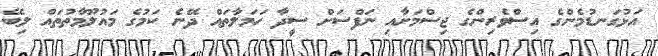
އަޅުގަނޑުމެންގެ އިސްވެރިންގެ ޖިސްމަށާއި ނަފްސަށް ސީދާ ހަމަލާތައް ދޭނެ ކަމުގެ މައުލޫމާތުތައް ލިބޭ